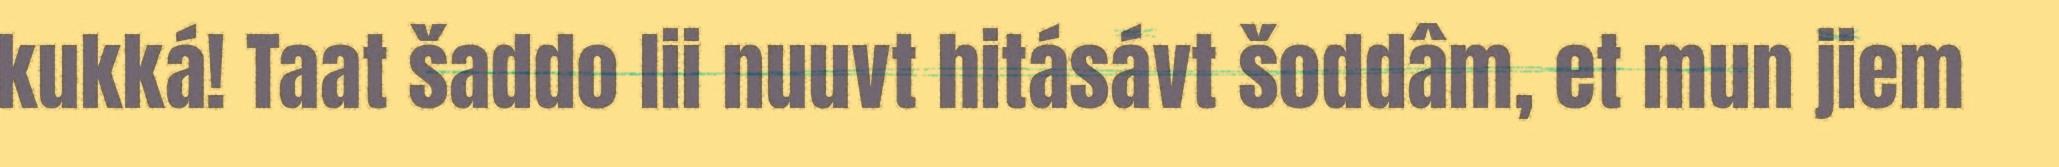
kukká! Taat šaddo lii nuuvt hitásávt šoddâm, et mun jiem